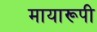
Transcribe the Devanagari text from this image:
मायारूपी